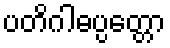
ပတိဂါဓပ္ပတ္တော